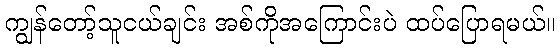
ကျွန်တော့်သူငယ်ချင်း အစ်ကိုအကြောင်းပဲ ထပ်ပြောရမယ်။